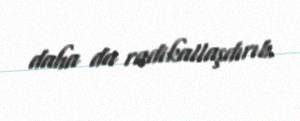
daha da radikallaşdırıb.